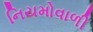
નિયમોવાળી